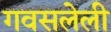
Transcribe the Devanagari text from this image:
गवसलेली